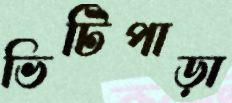
ভিটিপাড়া